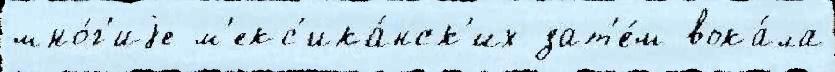
мно́г'иjе м'екс'ика́нск'их зат'е́м вока́ла